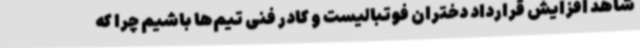
شاهد افزایش قرارداد دختران فوتبالیست و کادر فنی تیم‌ها باشیم چرا که